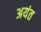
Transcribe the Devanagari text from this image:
अयंत